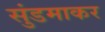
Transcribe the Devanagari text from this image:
सुंडमाकर